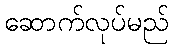
ဆောက်လုပ်မည်